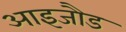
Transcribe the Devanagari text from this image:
आइजौड